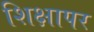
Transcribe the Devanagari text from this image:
शिक्षापर